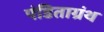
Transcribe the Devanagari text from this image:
पंडिताग्रंथ